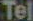
Tel